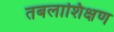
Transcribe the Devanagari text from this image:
तबलाशिक्षण